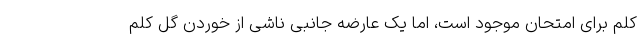
کلم برای امتحان موجود است، اما یک عارضه جانبی ناشی از خوردن گل کلم